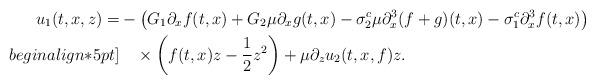
LaTeX: \begin{align*} u_1(t,x,z) = &- \left( G_1 \partial_x f(t,x) + G_2\mu \partial_x g(t,x) -\sigma_2^c\mu\partial_x^3(f+g)(t,x)-\sigma_1^c\partial_x^3f(t,x)\right)\\begin{align*}5pt]&\quad\times \left(f(t,x)z-\frac{1}{2}z^2\right)+\displaystyle{\mu }\partial_z u_2(t,x,f)z.\end{align*}